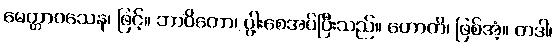
မေတ္တာဝသေန၊ ဖြင့်။ ဘာဝိတော၊ ပွါ့းစေအပ်ပြီးသည်။ ဟောတိ၊ ဖြစ်အံ့။ တဒါ၊